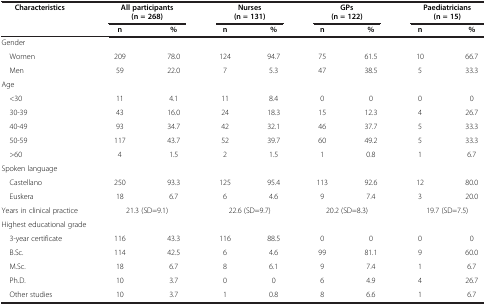
<table><thead><tr><td><b>Characteristics</b></td><td colspan="2"><b>All participants</b></td><td colspan="2"><b>Nurses</b></td><td colspan="2"><b>GPs</b></td><td colspan="2"><b>Paediatricians</b></td></tr><tr><td><b> </b></td><td colspan="2"><b>(n = 268)</b></td><td colspan="2"><b>(n = 131)</b></td><td colspan="2"><b>(n = 122)</b></td><td colspan="2"><b>(n = 15)</b></td></tr><tr><td><b> </b></td><td><b>n</b></td><td><b>%</b></td><td><b>n</b></td><td><b>%</b></td><td><b>n</b></td><td><b>%</b></td><td><b>n</b></td><td><b>%</b></td></tr></thead><tbody><tr><td colspan="9">Gender</td></tr><tr><td> Women</td><td>209</td><td>78.0</td><td>124</td><td>94.7</td><td>75</td><td>61.5</td><td>10</td><td>66.7</td></tr><tr><td> Men</td><td>59</td><td>22.0</td><td>7</td><td>5.3</td><td>47</td><td>38.5</td><td>5</td><td>33.3</td></tr><tr><td colspan="9">Age</td></tr><tr><td> &lt;30</td><td>11</td><td>4.1</td><td>11</td><td>8.4</td><td>0</td><td>0</td><td>0</td><td>0</td></tr><tr><td> 30-39</td><td>43</td><td>16.0</td><td>24</td><td>18.3</td><td>15</td><td>12.3</td><td>4</td><td>26.7</td></tr><tr><td> 40-49</td><td>93</td><td>34.7</td><td>42</td><td>32.1</td><td>46</td><td>37.7</td><td>5</td><td>33.3</td></tr><tr><td> 50-59</td><td>117</td><td>43.7</td><td>52</td><td>39.7</td><td>60</td><td>49.2</td><td>5</td><td>33.3</td></tr><tr><td> &gt;60</td><td>4</td><td>1.5</td><td>2</td><td>1.5</td><td>1</td><td>0.8</td><td>1</td><td>6.7</td></tr><tr><td colspan="9">Spoken language</td></tr><tr><td> Castellano</td><td>250</td><td>93.3</td><td>125</td><td>95.4</td><td>113</td><td>92.6</td><td>12</td><td>80.0</td></tr><tr><td> Euskera</td><td>18</td><td>6.7</td><td>6</td><td>4.6</td><td>9</td><td>7.4</td><td>3</td><td>20.0</td></tr><tr><td>Years in clinical practice</td><td colspan="2">21.3 (SD=9.1)</td><td colspan="2">22.6 (SD=9.7)</td><td colspan="2">20.2 (SD=8.3)</td><td colspan="2">19.7 (SD=7.5)</td></tr><tr><td colspan="9">Highest educational grade</td></tr><tr><td> 3-year certificate</td><td>116</td><td>43.3</td><td>116</td><td>88.5</td><td>0</td><td>0</td><td>0</td><td>0</td></tr><tr><td> B.Sc.</td><td>114</td><td>42.5</td><td>6</td><td>4.6</td><td>99</td><td>81.1</td><td>9</td><td>60.0</td></tr><tr><td> M.Sc.</td><td>18</td><td>6.7</td><td>8</td><td>6.1</td><td>9</td><td>7.4</td><td>1</td><td>6.7</td></tr><tr><td> Ph.D.</td><td>10</td><td>3.7</td><td>0</td><td>0</td><td>6</td><td>4.9</td><td>4</td><td>26.7</td></tr><tr><td> Other studies</td><td>10</td><td>3.7</td><td>1</td><td>0.8</td><td>8</td><td>6.6</td><td>1</td><td>6.7</td></tr></tbody></table>